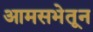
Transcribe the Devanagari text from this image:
आमसभेतून